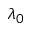
\lambda _ { 0 }